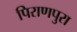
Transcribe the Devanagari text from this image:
पिराणपुरा